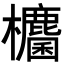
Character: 𭭀